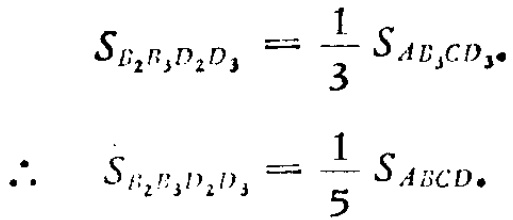
\[
S_{E_{2}B_{3}D_{2}D_{3}} = \frac{1}{3}S_{AD_{3}CD_{3}}
\]
\[
\therefore\quad S_{E_{2}E_{3}D_{2}D_{3}} = \frac{1}{5}S_{ABCD}
\]